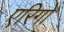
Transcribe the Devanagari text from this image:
एरिगो